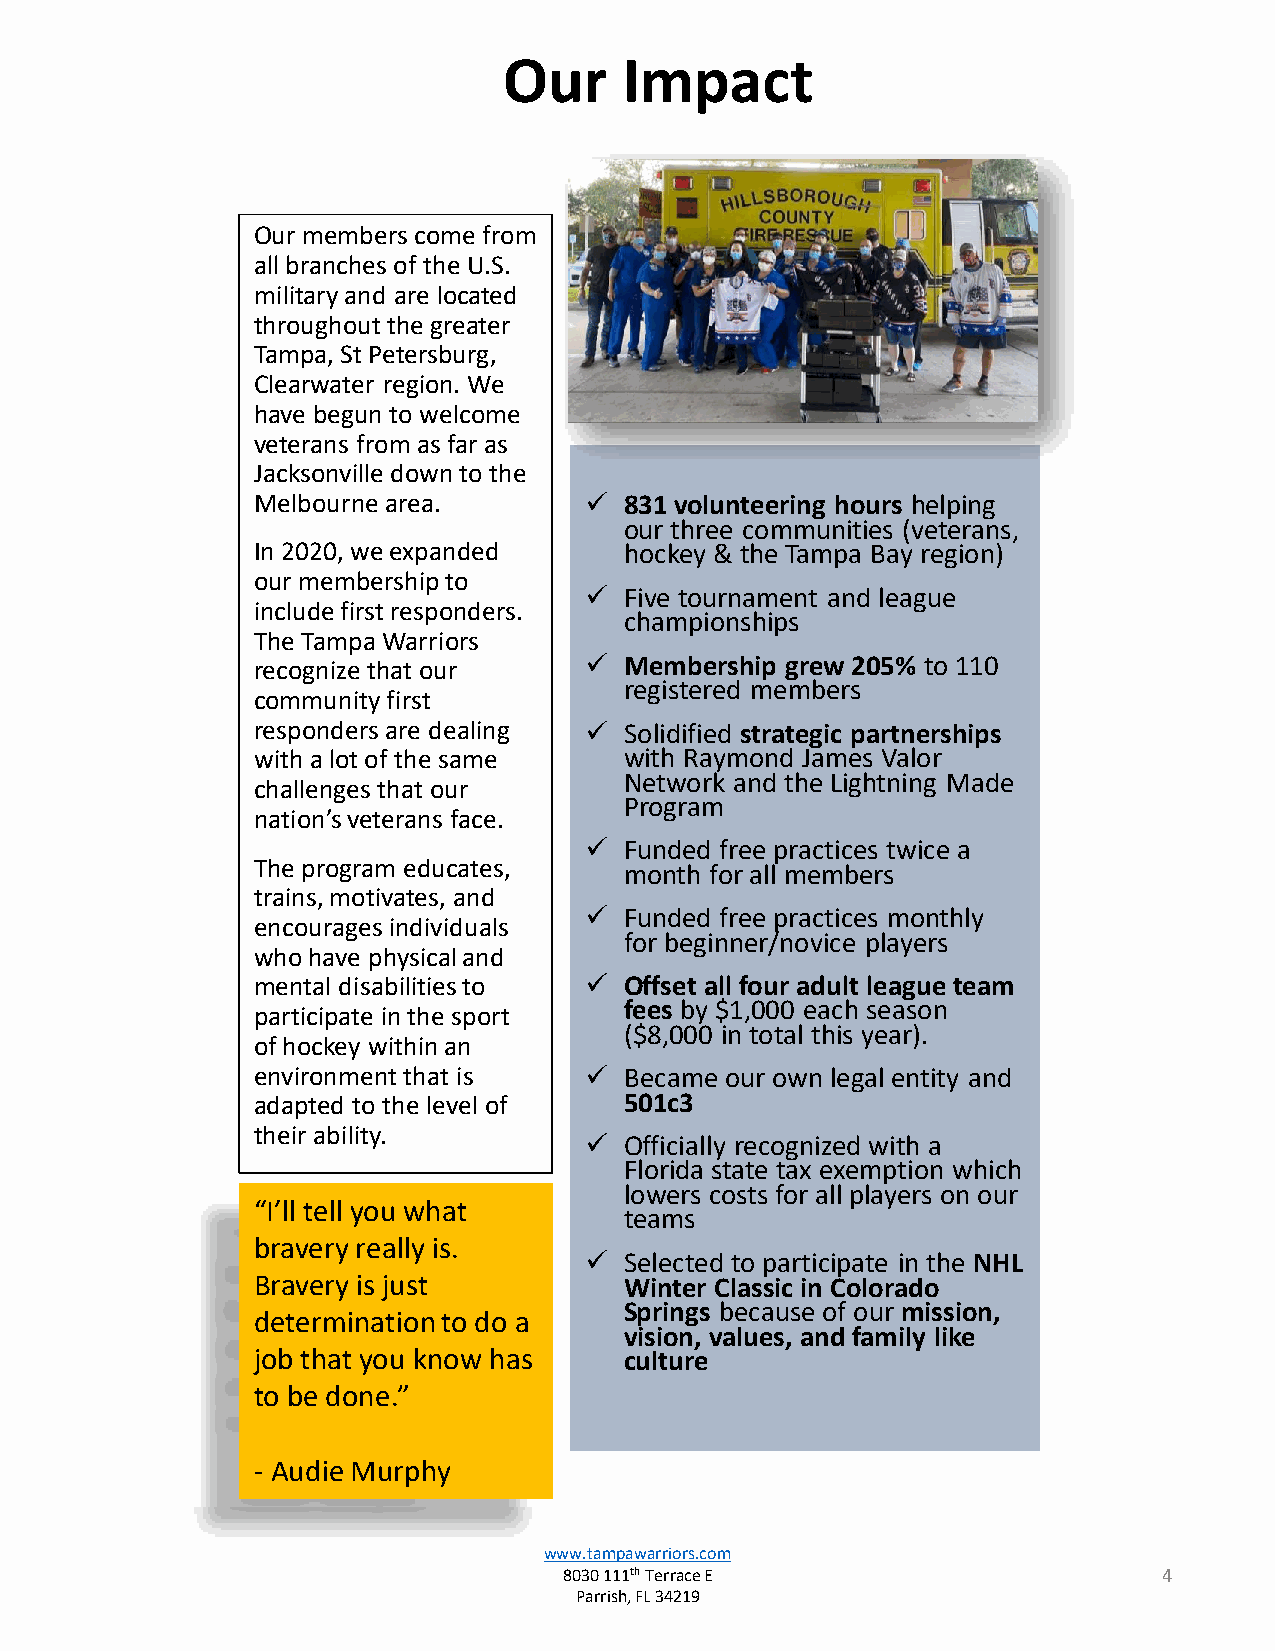
Our     Impact
 Our members come from
 all branches of the U.S.
 military and are located
 throughout the greater
 Tampa, St Petersburg,
 Clearwater region. We
 have begun to welcome
 veterans from as far as
 Jacksonville down to the
 Melbourne area.       ✓ 831 volunteering hours helping
 our three communities (veterans,
 In 2020, we expanded    hockey & the Tampa Bay region)
 our membership to
 ✓ Five tournament and league
 include first responders.
 championships
 The Tampa Warriors
 recognize that our    ✓ Membership grew 205% to 110
 registered members
 community first
 responders are dealing ✓ Solidified strategic partnerships
 with a lot of the same  with Raymond James Valor
 Network and the Lightning Made
 challenges that our
 Program
 nation’s veterans face.
 ✓ Funded free practices twice a
 The program educates,   month for all members
 trains, motivates, and
 ✓ Funded free practices monthly
 encourages individuals
 for beginner/novice players
 who have physical and
 mental disabilities to ✓ Offset all four adult league team
 fees by $1,000 each season
 participate in the sport
 ($8,000 in total this year).
 of hockey within an
 environment that is   ✓ Became our own legal entity and
 adapted to the level of 501c3
 their ability.
 ✓ Officially recognized with a
 Florida state tax exemption which
 lowers costs for all players on our
 “I’ll tell you what
 teams
 bravery really is.
 ✓ Selected to participate in the NHL
 Bravery is just         Winter Classic in Colorado
 Springs because of our mission,
 determination to do a
 vision, values, and family like
 job that you know has   culture
 to be done.”
 - Audie Murphy
 www.tampawarriors.com
 8030 111thTerrace E                     4
 Parrish, FL 34219